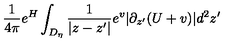
\frac { 1 } { 4 \pi } e ^ { H } \int _ { D _ { \eta } } \frac { 1 } { | z - z ^ { \prime } | } e ^ { v } | \partial _ { z ^ { \prime } } ( U + v ) | d ^ { 2 } z ^ { \prime }